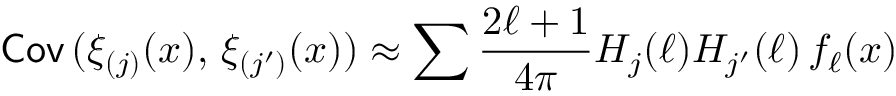
{ \mathsf { C o v } } \, ( \xi _ { ( j ) } ( x ) , \, \xi _ { ( j ^ { \prime } ) } ( x ) ) \approx \sum \frac { 2 \ell + 1 } { 4 \pi } H _ { j } ( \ell ) H _ { j ^ { \prime } } ( \ell ) \, f _ { \ell } ( x )